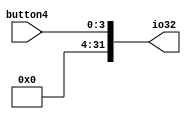
module fourfill32(button4,io32);
	input [3:0] button4;
	output [31:0] io32;
	reg [31:0] io32;
	always  @ (*)
	begin
		io32=0;
		io32[3]=button4[3];
		io32[2]=button4[2];
		io32[1]=button4[1];
		io32[0]=button4[0];
	end
	
endmodule